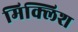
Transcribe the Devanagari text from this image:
मिक्लिश